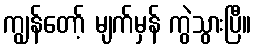
ကျွန်တော့် မျက်မှန် ကွဲသွားပြီ။